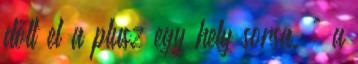
dőlt el a plusz egy hely sorsa. ^ a